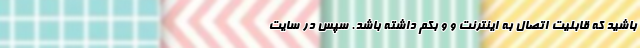
باشید که قابلیت اتصال به اینترنت و و بکم داشته باشد. سپس در سایت